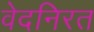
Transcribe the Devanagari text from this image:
वेदनिरत